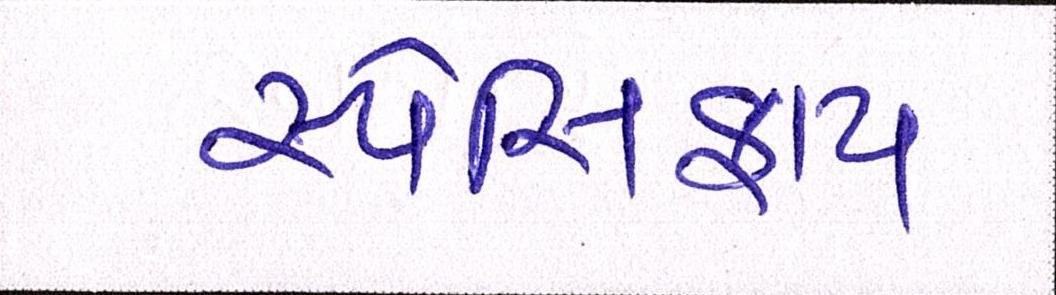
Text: સ્પેસિફાય